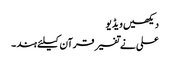
دیکھیں ویڈیو
علی نے تفسیر قرآن کیلئے ہند ۔